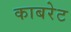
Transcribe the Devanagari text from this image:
काबरेट